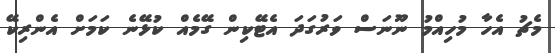
މެޗު އެހާ މުހިއްމު ނޫނަސް ވަރުގަދަ އެޓޭކިން ގޭމެއް ކުޅޭނެ ކަމަށް އެންރިކޭ